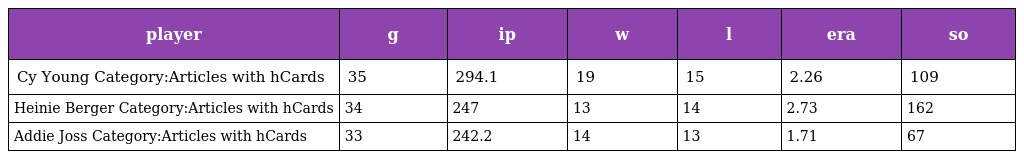
| player | g | ip | w | l | era | so |
 | --- | --- | --- | --- | --- | --- | --- |
 | Cy Young Category:Articles with hCards | 35 | 294.1 | 19 | 15 | 2.26 | 109 |
 | Heinie Berger Category:Articles with hCards | 34 | 247 | 13 | 14 | 2.73 | 162 |
 | Addie Joss Category:Articles with hCards | 33 | 242.2 | 14 | 13 | 1.71 | 67 |